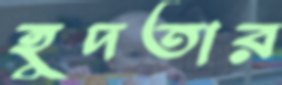
হূদতার